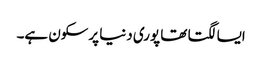
ایسا لگتا تھا پوری دنیا پرسکون ہے۔